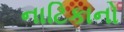
નાટિકાનો